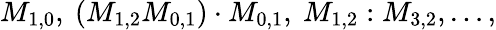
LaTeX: M_{1,0},~(M_{1,2}M_{0,1})\cdot M_{0,1},~M_{1,2}:M_{3,2},\ldots,